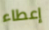
إعطاء